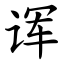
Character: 诨